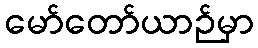
မော်တော်ယာဉ်မှာ